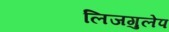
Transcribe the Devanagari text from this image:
लिजगुलेप